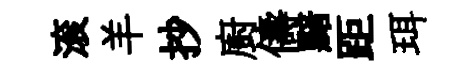
滚羊抄廚儔黯距珥